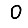
Digit: 0